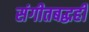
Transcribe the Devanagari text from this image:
संगीतबद्धही